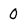
Character: 0